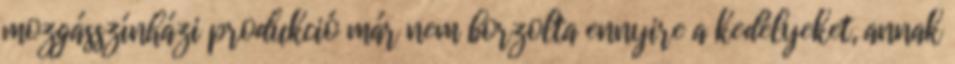
mozgásszínházi produkció már nem borzolta ennyire a kedélyeket, annak